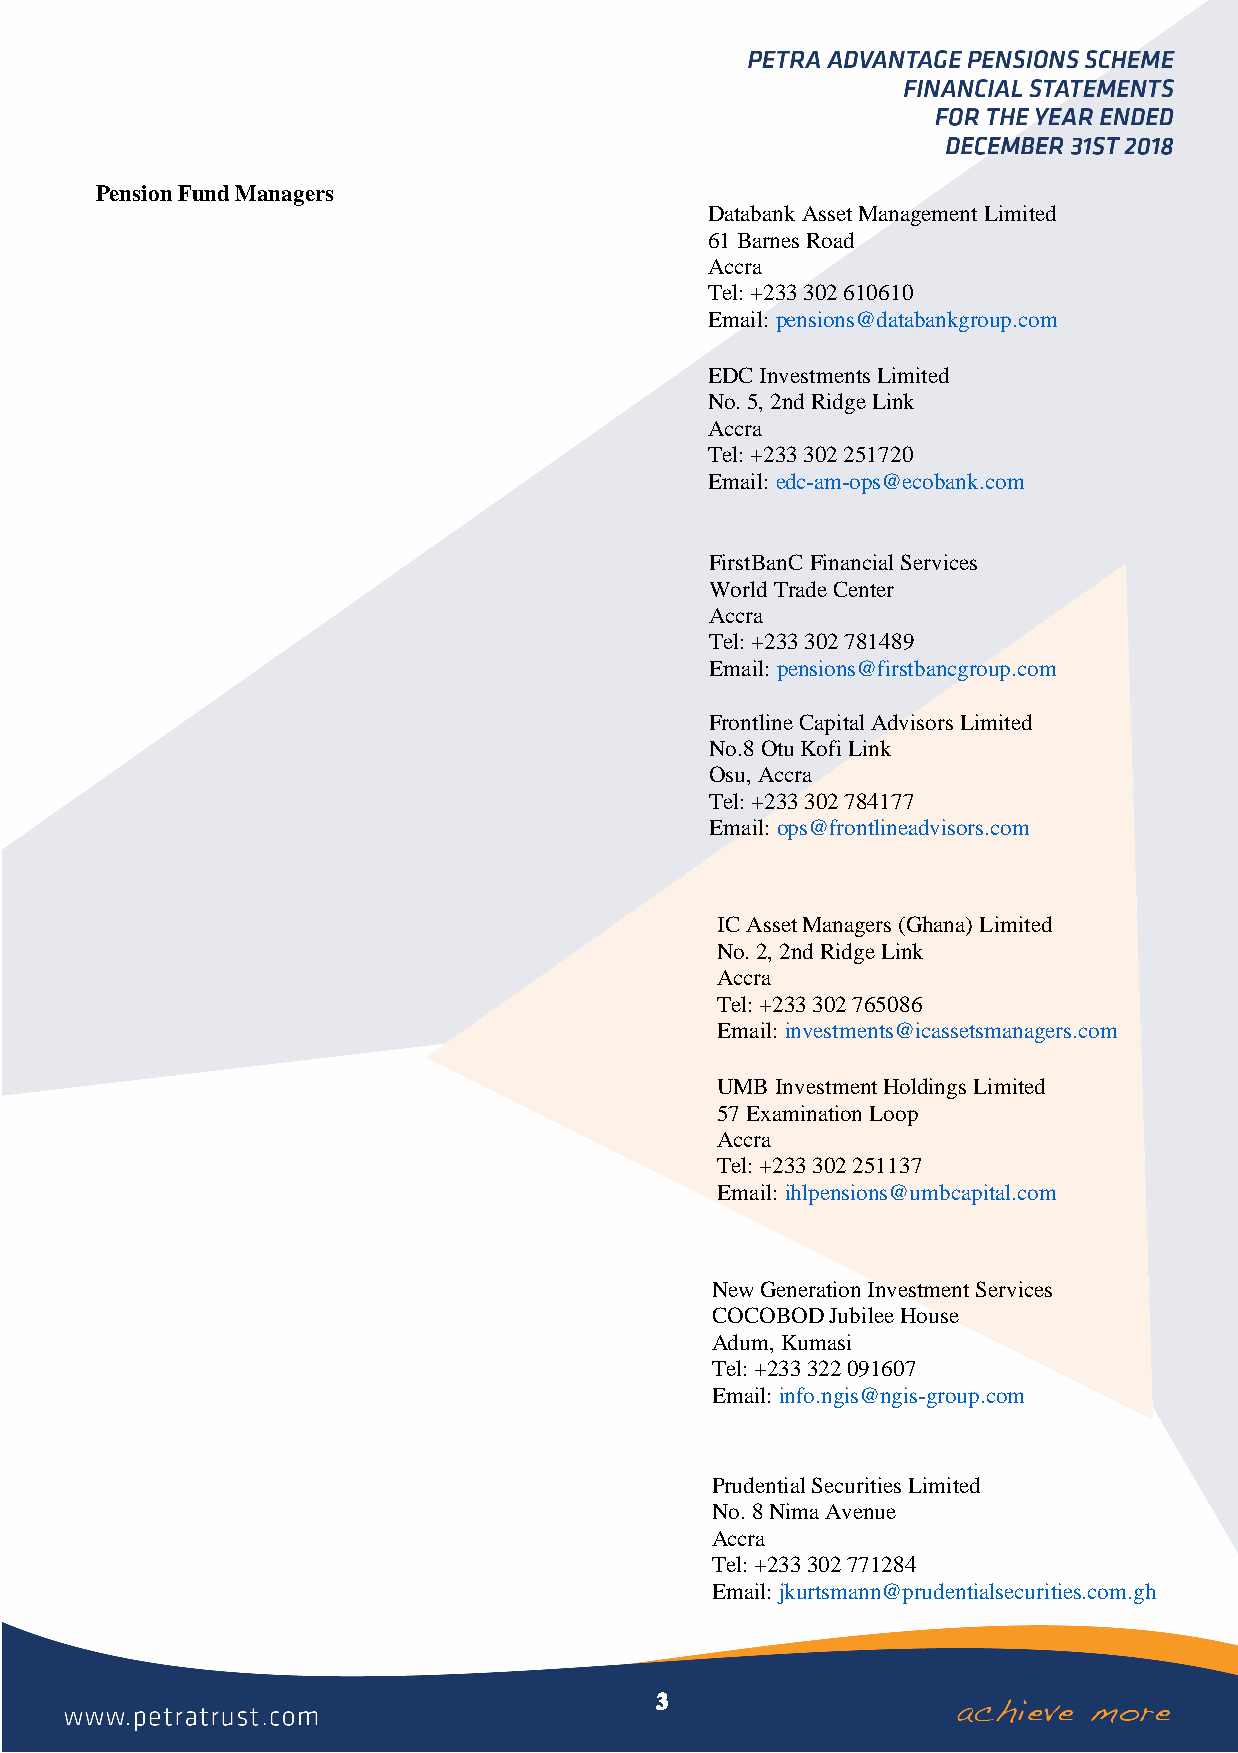
Pension Fund Managers
 Databank Asset Management Limited
 61 Barnes Road
 Accra
 Tel: +233 302 610610
 Email: pensions@databankgroup.com
 EDC Investments Limited
 No. 5, 2nd Ridge Link
 Accra
 Tel: +233 302 251720
 Email: edc-am-ops@ecobank.com
 FirstBanC Financial Services
 World Trade Center
 Accra
 Tel: +233 302 781489
 Email: pensions@firstbancgroup.com
 Frontline Capital Advisors Limited
 No.8 Otu Kofi Link
 Osu, Accra
 Tel: +233 302 784177
 Email: ops@frontlineadvisors.com
 IC Asset Managers (Ghana) Limited
 No. 2, 2nd Ridge Link
 Accra
 Tel: +233 302 765086
 Email: investments@icassetsmanagers.com
 UMB Investment Holdings Limited
 57 Examination Loop
 Accra
 Tel: +233 302 251137
 Email: ihlpensions@umbcapital.com
 New Generation Investment Services
 COCOBOD Jubilee House
 Adum, Kumasi
 Tel: +233 322 091607
 Email: info.ngis@ngis-group.com
 Prudential Securities Limited
 No. 8 Nima Avenue
 Accra
 Tel: +233 302 771284
 Email: jkurtsmann@prudentialsecurities.com.gh
 3